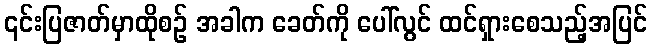
၎င်းပြဇာတ်မှာထိုစဉ် အခါက ခေတ်ကို ပေါ်လွင် ထင်ရှားစေသည့်အပြင်